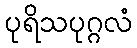
ပုရိသပုဂ္ဂလံ